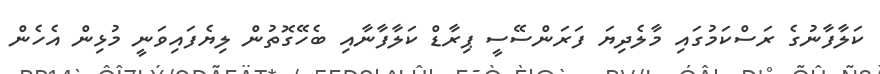
ކަލާފާނުގެ ރަސްކަމުގައި މާލެދިޔަ ފަރަންސޭސީ ޕިރާޑް ކަލާފާނާއި ބެހޭގޮތުން ލިޔެފައިވަނީ މުޅިން އެހެން